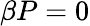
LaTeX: \beta P=0